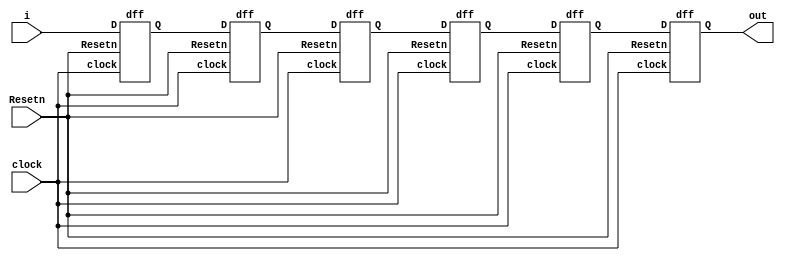
module reg5(i,out,clock,Resetn);
input i;
output out;
input clock,Resetn;
wire [4:0]c;
dff s0(i,clock,Resetn,c[0]);
dff s1(c[0],clock,Resetn,c[1]);
dff s2(c[1],clock,Resetn,c[2]);
dff s3(c[2],clock,Resetn,c[3]);
dff s4(c[3],clock,Resetn,c[4]);
dff s5(c[4],clock,Resetn,out);
endmodule

module dff(D,clock,Resetn,Q);
input D,clock,Resetn;
output reg Q;
always @ (posedge clock)
begin
if(!Resetn)
	Q <= 0;
else
	Q <= D;
end
endmodule